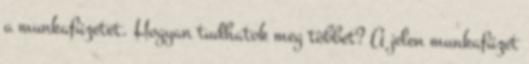
a munkafüzetet. Hogyan tudhatok meg többet? A jelen munkafüzet